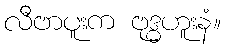
လီဗာပူးက ဗုဒ္ဓဟူးနံ။